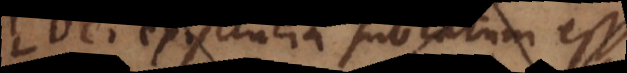
Dei existentia sublatum esse